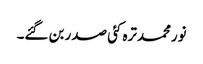
نورمحمدترہ کئی صدر بن گئے۔